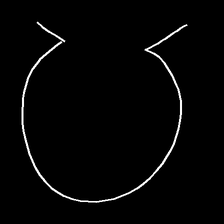
Glyph: weave